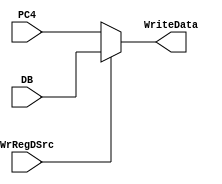
`timescale 1ns / 1ps

module WriteRegDataSelector(
    input WrRegDSrc,
    input[31:0]PC4,
    input[31:0]DB,
    output reg[31:0]WriteData
    );
    
    always@(WrRegDSrc or DB)
    begin
        if(WrRegDSrc==0)
            begin
                WriteData=PC4;
            end
            
        else
        begin
            WriteData=DB;
        end
    end
    
endmodule